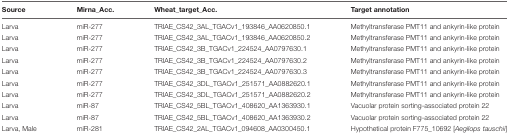
<table><thead><tr><td><b>Source</b></td><td><b>Mirna_Acc.</b></td><td><b>Wheat_target_Acc.</b></td><td><b>Target annotation</b></td></tr></thead><tbody><tr><td>Larva</td><td>miR-277</td><td>TRIAE_CS42_3AL_TGACv1_193846_AA0620850.1</td><td>Methyltransferase PMT11 and ankyrin-like protein</td></tr><tr><td>Larva</td><td>miR-277</td><td>TRIAE_CS42_3AL_TGACv1_193846_AA0620850.2</td><td>Methyltransferase PMT11 and ankyrin-like protein</td></tr><tr><td>Larva</td><td>miR-277</td><td>TRIAE_CS42_3B_TGACv1_224524_AA0797630.1</td><td>Methyltransferase PMT11 and ankyrin-like protein</td></tr><tr><td>Larva</td><td>miR-277</td><td>TRIAE_CS42_3B_TGACv1_224524_AA0797630.2</td><td>Methyltransferase PMT11 and ankyrin-like protein</td></tr><tr><td>Larva</td><td>miR-277</td><td>TRIAE_CS42_3B_TGACv1_224524_AA0797630.3</td><td>Methyltransferase PMT11 and ankyrin-like protein</td></tr><tr><td>Larva</td><td>miR-277</td><td>TRIAE_CS42_3DL_TGACv1_251571_AA0882620.1</td><td>Methyltransferase PMT11 and ankyrin-like protein</td></tr><tr><td>Larva</td><td>miR-277</td><td>TRIAE_CS42_3DL_TGACv1_251571_AA0882620.2</td><td>Methyltransferase PMT11 and ankyrin-like protein</td></tr><tr><td>Larva</td><td>miR-87</td><td>TRIAE_CS42_5BL_TGACv1_408620_AA1363930.1</td><td>Vacuolar protein sorting-associated protein 22</td></tr><tr><td>Larva</td><td>miR-87</td><td>TRIAE_CS42_5BL_TGACv1_408620_AA1363930.2</td><td>Vacuolar protein sorting-associated protein 22</td></tr><tr><td>Larva, Male</td><td>miR-281</td><td>TRIAE_CS42_2AL_TGACv1_094608_AA0300450.1</td><td>Hypothetical protein F775_10692 [<i>Aegilops tauschii</i>]</td></tr></tbody></table>